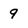
Character: 9